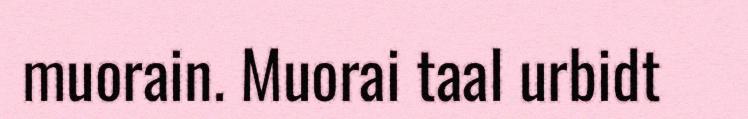
muorain. Muorai taal urbidt